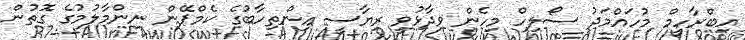
އިބްރާހީމް މުހައްމަދު ސޯލިހް މިހެން ވިދާޅުވީ ރިޔާސީ އިންތިހާބުގެ ކެމްޕޭން ނިންމާލުމުގެ ގޮތުން